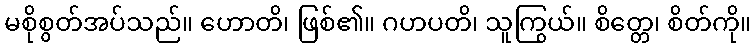
မစိုစွတ်အပ်သည်။ ဟောတိ၊ ဖြစ်၏။ ဂဟပတိ၊ သူကြွယ်။ စိတ္တေ၊ စိတ်ကို။